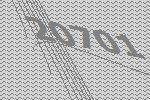
20701